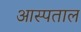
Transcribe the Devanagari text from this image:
आस्पताल